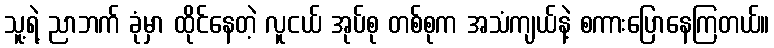
သူ့ရဲ့ ညာဘက် ခုံမှာ ထိုင်နေတဲ့ လူငယ် အုပ်စု တစ်စုက အသံကျယ်နဲ့ စကားပြောနေကြတယ်။